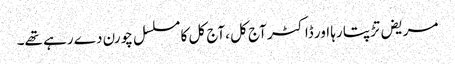
مریض تڑپتا رہا اور ڈاکٹر آج کل ،آج کل کا مسلسل چورن دے رہے تھے۔